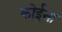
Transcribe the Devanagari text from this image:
कोईना